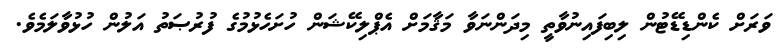
ވަރަށް ކެންޑިޑޭޓުން ލިބިފައިނުވާތީ މިދަންނަވާ މަޤާމަށް އެޕްލިކޭޝަން ހުށަހެޅުމުގެ ފުރުޞަތު އަލުން ހުޅުވާލަމެވެ.